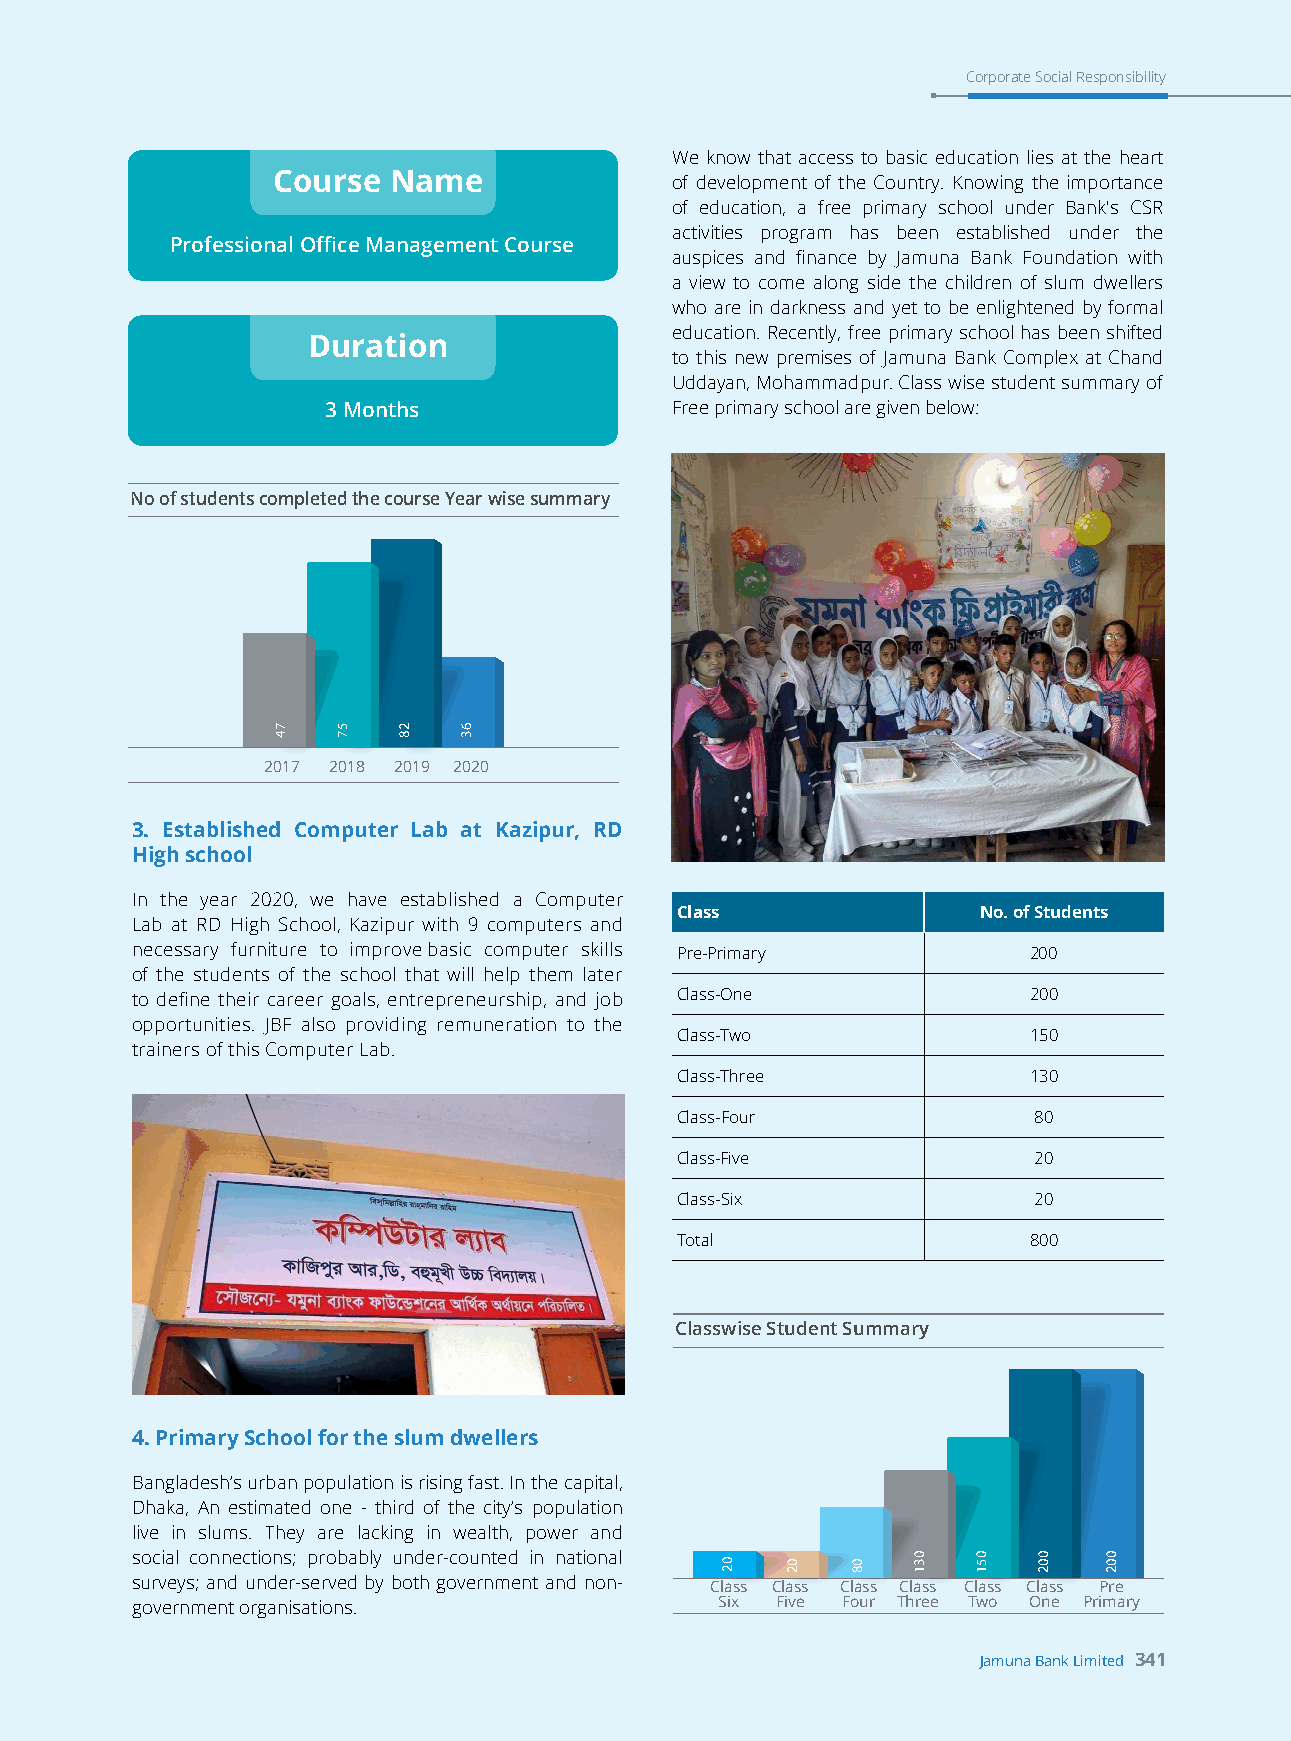
Corporate Social Responsibility
 We know that access to basic education lies at the heart
 Course  Name              of development of the Country. Knowing the importance
 of education, a free primary school under Bank's CSR
 activities program has been established under the
 Professional Office Management Course
 auspices and finance by Jamuna Bank Foundation with
 a view to come along side the children of slum dwellers
 who are in darkness and yet to be enlightened by formal
 education. Recently, free primary school has been shifted
 Duration
 to this new premises of Jamuna Bank Complex at Chand
 Uddayan, Mohammadpur. Class wise student summary of
 3 Months              Free primary school are given below:
 No of students completed the course Year wise summary
 2017 2018 2019 2020
 3. Established Computer Lab at Kazipur, RD
 High school
 In the year 2020, we have established a Computer
 Class               No. of Students
 Lab at RD High School, Kazipur with 9 computers and
 necessary furniture to improve basic computer skills Pre-Primary 200
 of the students of the school that will help them later
 to define their career goals, entrepreneurship, and job Class-One 200
 opportunities. JBF also providing remuneration to the
 Class-Two              150
 trainers of this Computer Lab.
 Class-Three            130
 Class-Four             80
 Class-Five             20
 Class-Six              20
 Total                  800
 Classwise Student Summary
 4. Primary School for the slum dwellers
 Bangladesh’s urban population is rising fast. In the capital,
 Dhaka, An estimated one - third of the city’s population
 live in slums. They are lacking in wealth, power and
 social connections; probably under-counted in national
 surveys; and under-served by both government and non- Class Class Class Class Class Class Pre
 government organisations.              Six Five Four Three Two One Primary
 Jamuna Bank Limited 341
 74  57  28  63
 02  02  08
 031  051 002 002